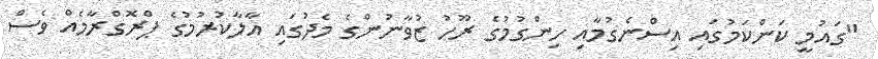
"ގައުމީ ކަންކަމުގައި އިސްނެގުމާއި ހިންގުމުގެ ރޫހު ޒުވާނުންގެ މެދުގައި އާލާކުރުމުގެ ޕްރޮގްރާމެއް ވެސް